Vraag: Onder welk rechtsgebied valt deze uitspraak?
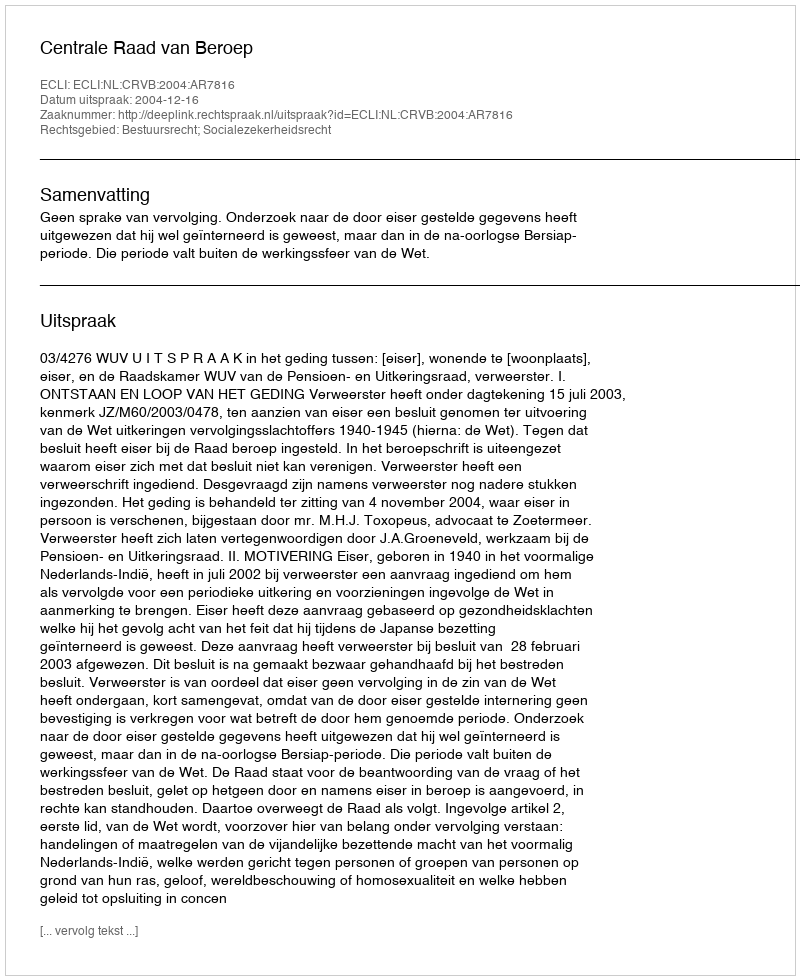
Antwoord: Bestuursrecht; Socialezekerheidsrecht